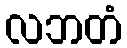
လဘတံ